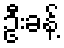
ဦးခန့်